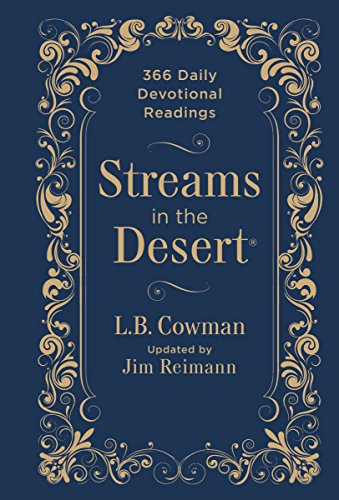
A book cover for Streams in the Desert: 366 Daily Devotional Readings; Zondervan; Christian Books & Bibles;